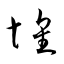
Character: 壞